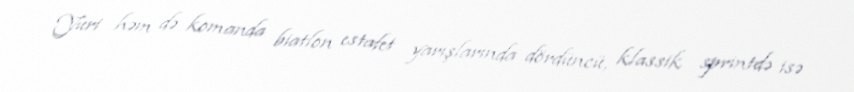
Yuri həm də komanda biatlon estafet yarışlarında dördüncü, klassik sprintdə isə